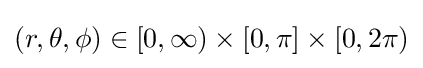
(r,\theta ,\phi )\in [0,\infty )\times [0,\pi ]\times [0,2\pi )